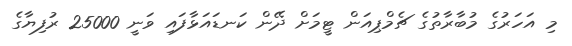
މި އަހަރުގެ މުބާރާތުގެ ޗެމްޕިއަން ޓީމަށް ދޭން ކަނޑައަޅާފައި ވަނީ 25000 ރުފިޔާގެ